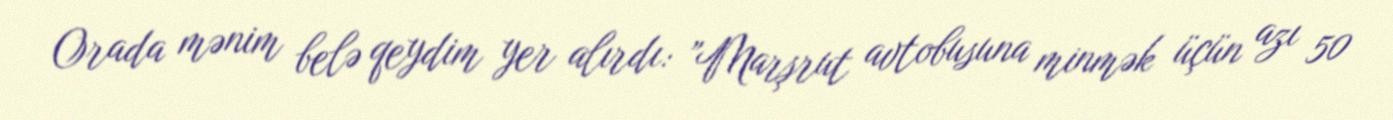
Orada mənim belə qeydim yer alırdı: ”Marşrut avtobusuna minmək üçün azı 50